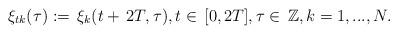
LaTeX: \begin{align*}\xi_{tk}(\tau):=\,\xi_k(t+\,2 T,\tau),t\in\,[0,2T],\tau\in\,\mathbb{Z},k=1,...,N.\end{align*}